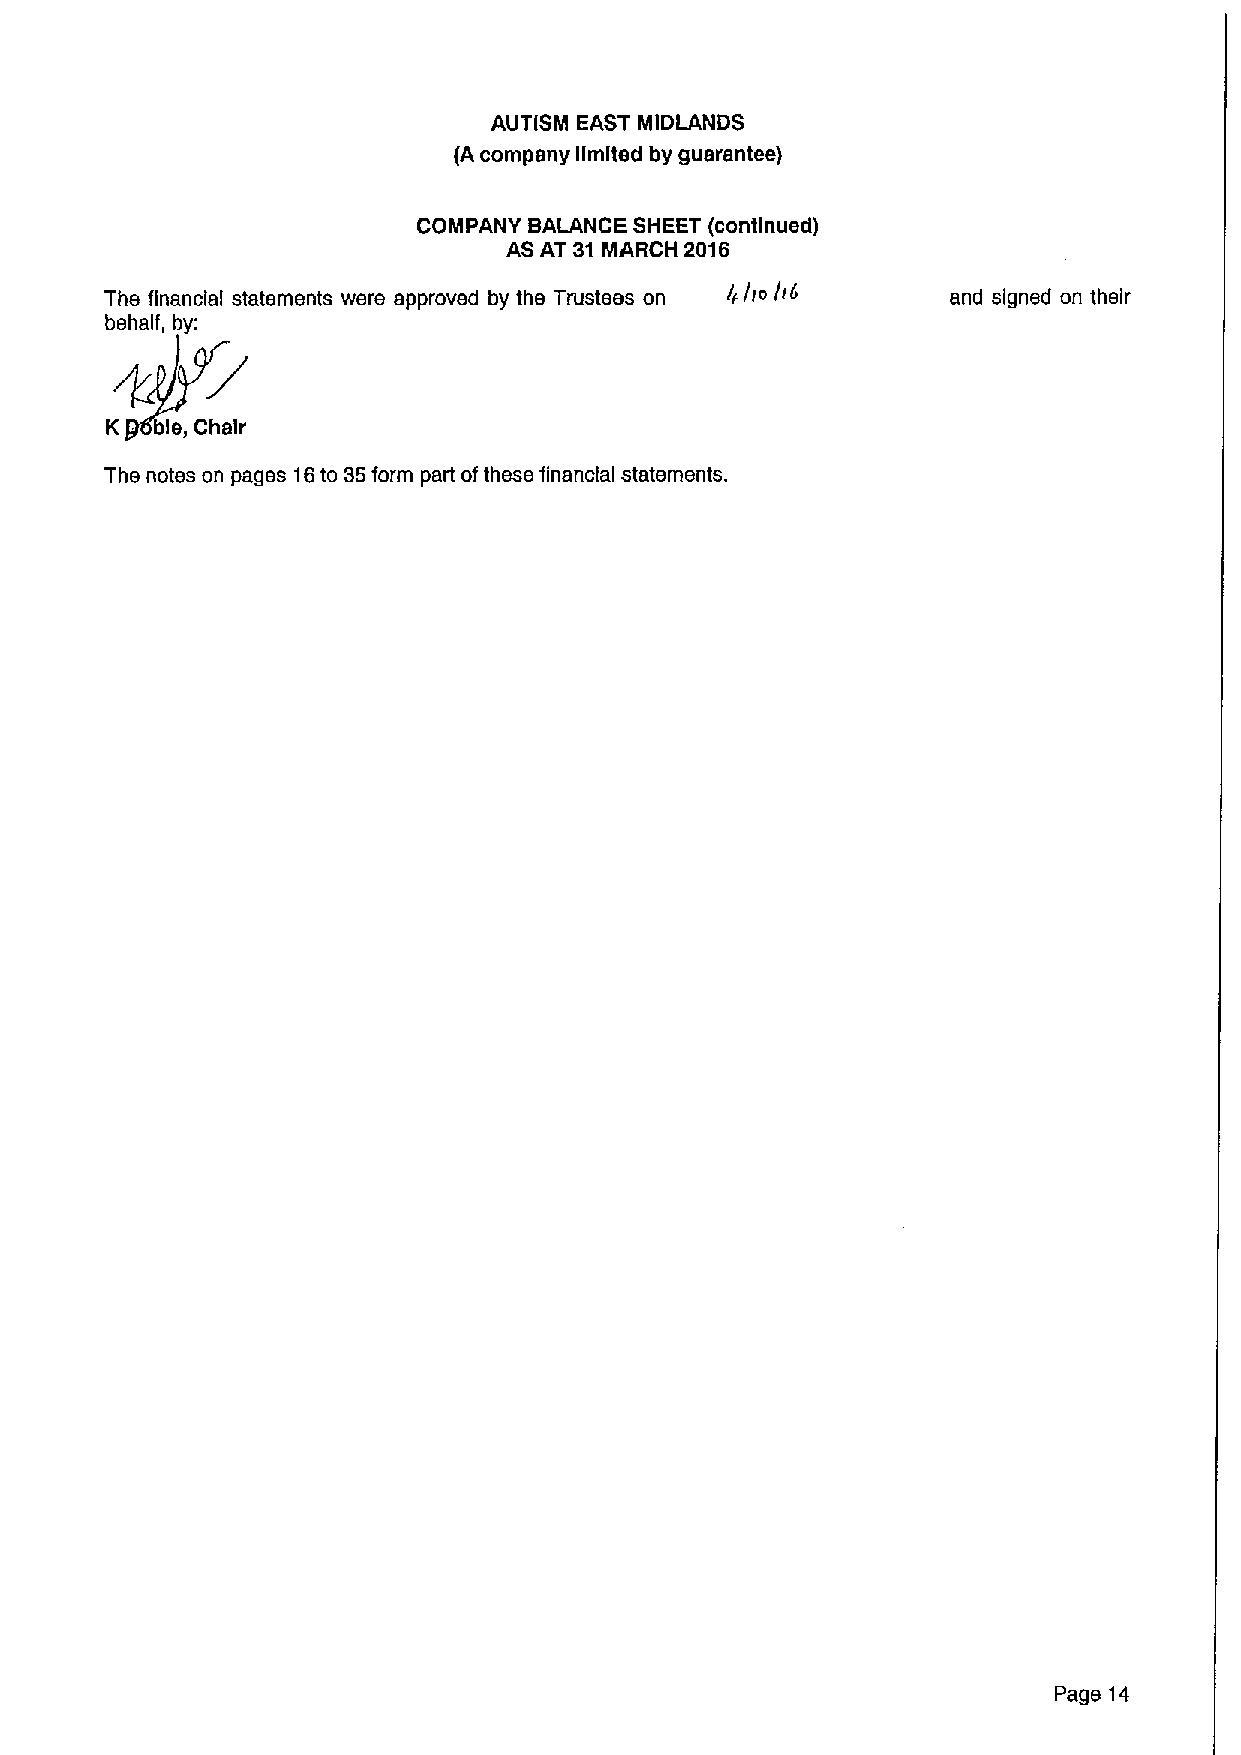
AUTISM EAST MIDLANDS
 (Acompany limited by guarantee)
 COMPANY BALANCE SHEET (continued)
 AS AT 31 MARCH 2016
 The financial statements were approved by the Trustees on ( Ar /r4 and signed on their
 behalf, by:
 K  ble, Chair
 The notes on pages 16to 35form part ofthese financial statements.
 Page 14